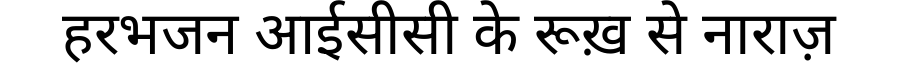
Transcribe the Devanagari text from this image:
हरभजन आईसीसी के रूख़ से नाराज़